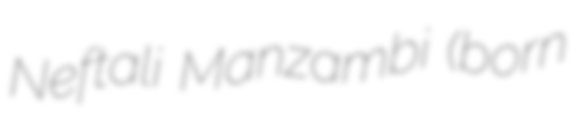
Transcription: Neftali Manzambi (born